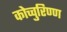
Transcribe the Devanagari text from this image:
कोच्चुरिण्ण